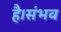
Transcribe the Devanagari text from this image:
है।संभव